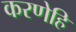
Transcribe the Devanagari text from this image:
करणेहि